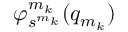
\varphi _ { s ^ { m _ { k } } } ^ { m _ { k } } ( q _ { m _ { k } } )